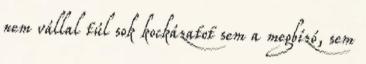
nem vállal túl sok kockázatot sem a megbízó, sem